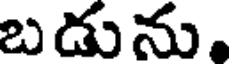
బడును,